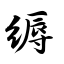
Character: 缛